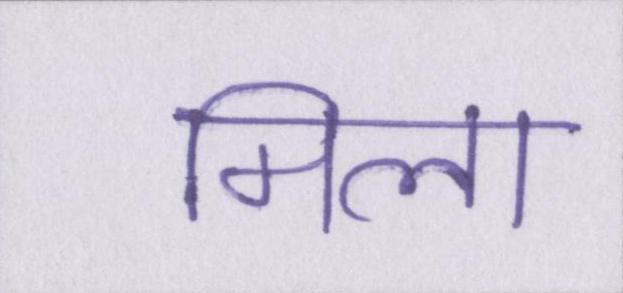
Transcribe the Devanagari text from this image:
मिला